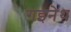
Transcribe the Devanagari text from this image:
गइनेथ